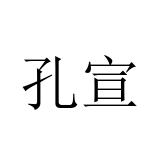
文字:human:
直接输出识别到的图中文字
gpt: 孔宣